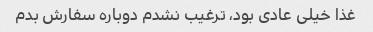
غذا خیلی عادی بود، ترغیب نشدم دوباره سفارش بدم